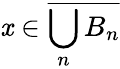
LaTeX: \mathit{x}\in{\overline{{{\bigcup_{n}B_{n}}}}}